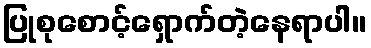
ပြုစုစောင့်ရှောက်တဲ့နေရာပါ။